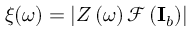
\xi ( \omega ) = \lvert Z \left( \omega \right) \mathcal { F } \left( \mathbf { I } _ { b } \right) \rvert